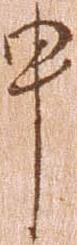
申